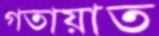
গতায়াত